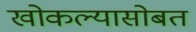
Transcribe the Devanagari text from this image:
खोकल्यासोबत